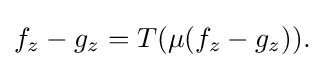
\displaystyle {f_{z}-g_{z}=T(\mu (f_{z}-g_{z})).}